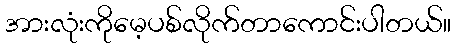
အားလုံးကိုမေ့ပစ်လိုက်တာကောင်းပါတယ်။